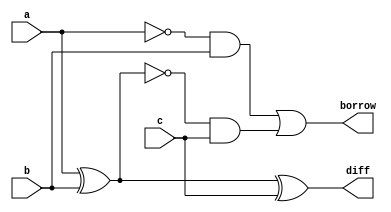
`timescale 1ns / 1ps
//////////////////////////////////////////////////////////////////////////////////
// Company: 
// Engineer: 
// 
// Design Name: 
// Module Name: full_subractor
// Project Name: 
// Target Devices: 
// Tool Versions: 
// Description: 
// 
// Dependencies: 
// 
// Revision:
// Revision 0.01 - File Created
// Additional Comments:
// 
//////////////////////////////////////////////////////////////////////////////////


module full_subractor(
    input a,
    input b,
    input c,
    output diff,
    output borrow
    );
    
    wire t1,t2,t3;
    
    assign t1=a^b;
    assign t2=~a&b;
    assign t3=~t1&c;
    assign diff=t1^c;
    assign borrow=t2|t3;

endmodule